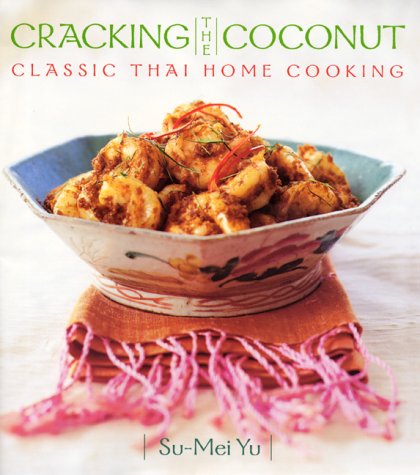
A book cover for Cracking the Coconut: Classic Thai Home Cooking; Su-mei Yu; Cookbooks, Food & Wine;